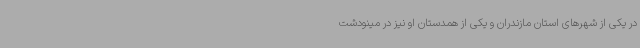
در یکی از شهرهای استان مازندران و یکی از همدستان او نیز در مینودشت